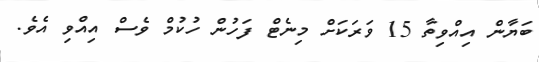
ބަޔާން އިއްވިތާ 15 ވަރަކަށް މިނެޓް ފަހުން ހުކުމް ވެސް އިއްވި އެވެ.